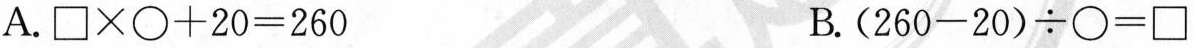
A.$$\Box \times \bigcirc + 2 0 = 2 6 0$$ B.$$( 2 6 0 - 2 0 ) \div \bigcirc = \Box$$